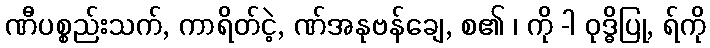
ဏီပစ္စည်းသက်, ကာရိတ်ငဲ့, ဏ်အနုဗန်ချေ, စ၏ ၊ ကို -ါ ဝုဒ္ဓိပြု, ရ်ကို